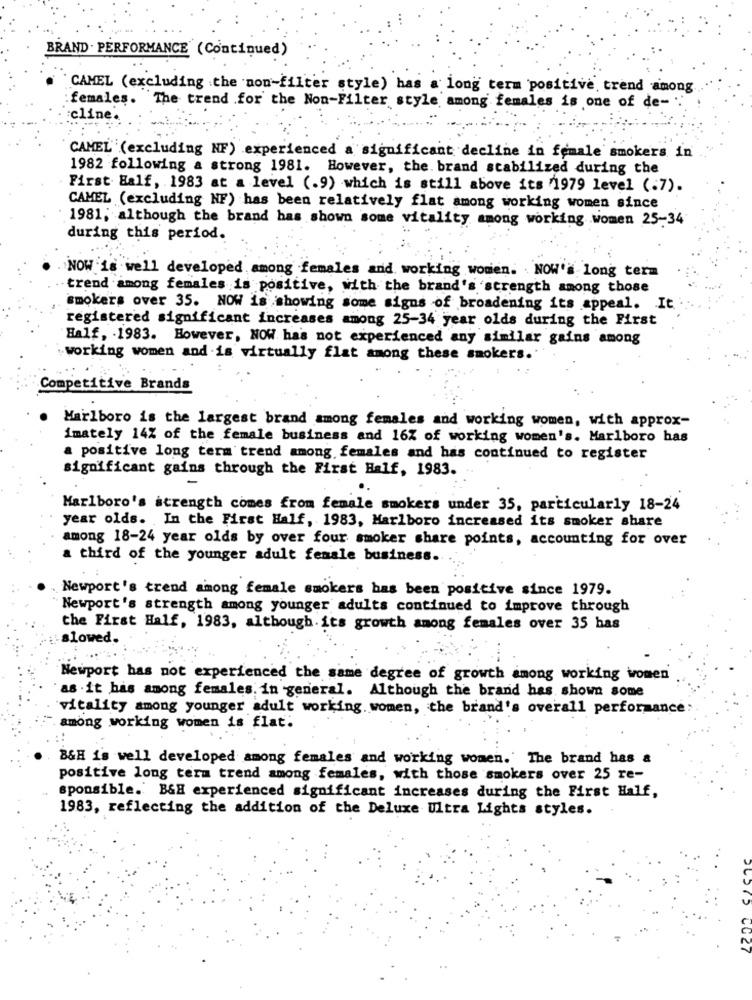
BRAND PERFORMANCE (Continued)
CAMEL (excluding the non-filter style) has a long term positive, trend among
:females. The trend .for the Non-Filter style among females is one of de-'
cline.
CAMEL (excluding NF) experienced a significant decline in female smokers in
1982 following a strong 1981. However, the. brand stabilized during the
First Half, 1983 at a level (.9) which is still above its 1979 level (.7).
CAMEL (excluding NF) has been relatively flat among working women since
1981; although the brand has shown some vitality among working .women 25-34
during this period.
NOW 'is well developed. among females and working women. . NOW'" long term
trend among females is positive, with the brand's strength among those
smokers over 35. NOW is showing some signs of broadening its appeal. It
registered significant increases among 25-34 year olds during the First
Half, 1983. However, NOW has not experienced any similar gains among
working women and is virtually flat among these smokers
Competitive Brands
Marlboro is the largest brand among females and working women, with approx-
imately 14% of the female business and 16% of working women's. Marlboro has
a positive long term trend among females and has continued to register
significant gains through the First Half, 1983.
Marlboro's strength comes from female smokers under 35, particularly 18-24
year olds. In the First Half, 1983, Marlboro increased its smoker share
among 18-24 year olds by over four smoker share points, accounting for over
a third of the younger adult female business ..
Newport's trend among female smokers has been positive since 1979.
Newport's strength among younger adults continued to improve through
the First Half, 1983, although. its growth among females over 35 has
slowed.
Newport has not experienced the same degree of growth among working women
as . it has among females. in general. Although the brand has shown some
vitality among younger adult working. women, the brand's overall performance:
among working women is flat:
B&H is well developed among females and working women. The brand has &
positive long term trend among females, with those smokers over 25 re-
sponsible. B&H experienced significant increases during the First Half,
1983, reflecting the addition of the Deluxe Ultra Lights styles.
LU27